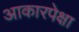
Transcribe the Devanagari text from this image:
आकारपेक्षा